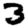
Digit: 3